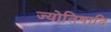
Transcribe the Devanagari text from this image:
ज्योतिषादि